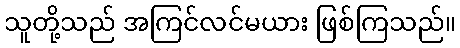
သူတို့သည် အကြင်လင်မယား ဖြစ်ကြသည်။